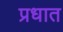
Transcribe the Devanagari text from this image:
प्रधात